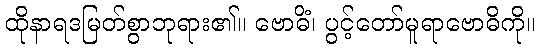
ထိုနာရဒမြတ်စွာဘုရား၏။ ဗောဓိံ၊ ပွင့်တော်မူရာဗောဓိကို။